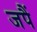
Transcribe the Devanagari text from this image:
जपैं